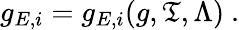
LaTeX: g_{E,i}=g_{E,i}(g,\mathfrak{T},\Lambda)\ .